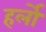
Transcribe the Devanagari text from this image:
हर्लो